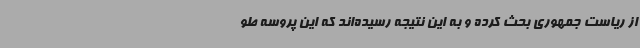
از ریاست جمهوری بحث کرده و به این نتیجه رسیده‌اند که این پروسه طو